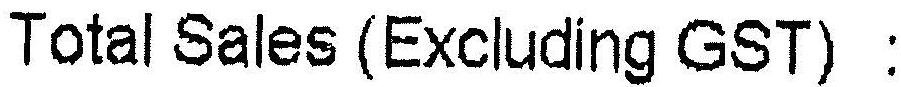
TOTAL SALES (EXCLUDING GST) :